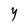
Character: Y